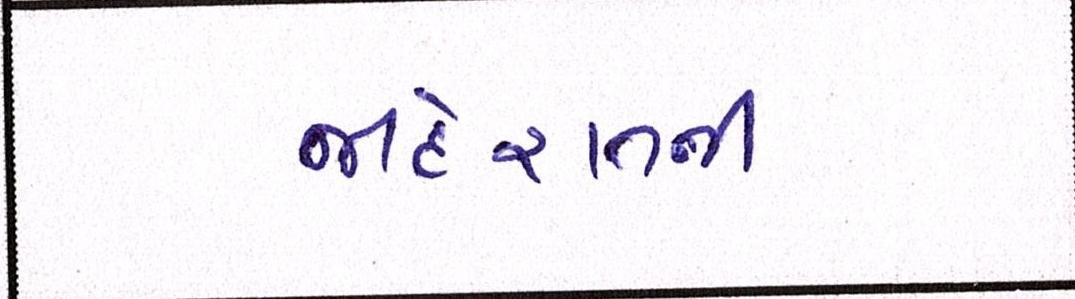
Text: જાહેરાતની